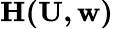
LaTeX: \mathbf{H(\mathbf{U},\boldsymbol{w})}